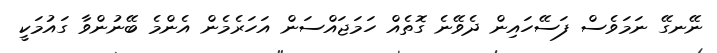
ނޭނގޭ ނަމަވެސް ފަސޭހައިން ދެވޭނެ ގޮތެއް ހަމަޖައްސަން އަހަރެމެން އެންމެ ބޭނުންވާ ގައުމަކީ